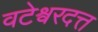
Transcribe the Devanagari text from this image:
वटेश्वरदत्त